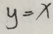
y = x